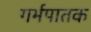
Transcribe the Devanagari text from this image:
गर्भपातक